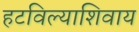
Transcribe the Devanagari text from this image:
हटविल्याशिवाय